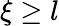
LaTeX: \xi\ge l